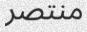
منتصر